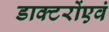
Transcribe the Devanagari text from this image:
डाक्टरोंएवं